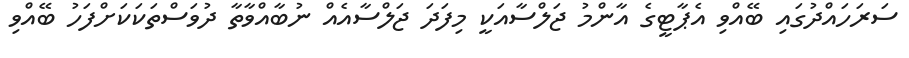
ސަރަހައްދުގައި ބޭއްވި އެޕާޓީގެ އާންމު ޖަލްސާއަކީ މިފަދަ ޖަލްސާއެއް ނުބާއްވާތާ ދުވަސްތަކަކަށްފަހު ބޭއްވި